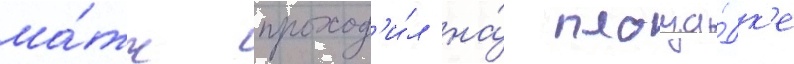
ма́тч проход'и́л на́ площа́дк'е